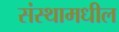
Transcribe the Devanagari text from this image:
संस्थामधील